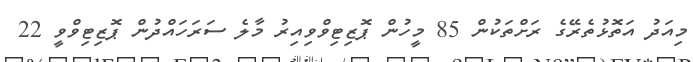
މިއަދު އަތޮޅުތެރޭގެ ރަށްތަކުން 85 މީހުން ޕޮޒިޓިވްވިއިރު މާލެ ސަރަހައްދުން ޕޮޒިޓިވްވީ 22